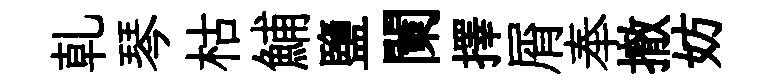
乹琴枯鯆鹽闌擇屑奉撤妨